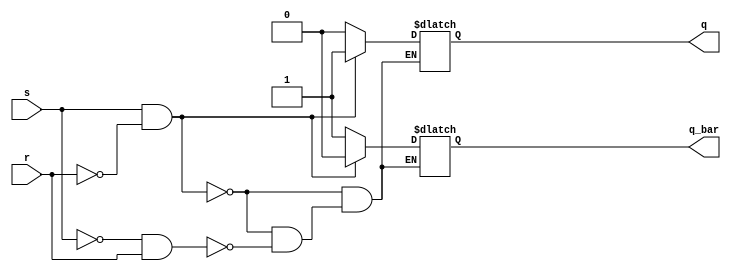
module sr_latch (
   input s,
   input r,
   output reg q,
   output reg q_bar
);

always @ (s, r)
begin
   if (s && !r)
   begin
      q = 1;
      q_bar = 0;
   end
   else if (!s && r)
   begin
      q = 0;
      q_bar = 1;
   end
end

endmodule